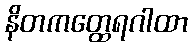
နိတကတ္ထေရဂါထာ